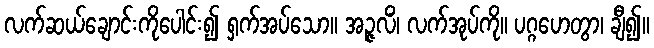
လက်ဆယ်ချောင်းကိုပေါင်း၍ ရှက်အပ်သော။ အဉ္ဇလိံ၊ လက်အုပ်ကို။ ပဂ္ဂဟေတွာ၊ ချီ၍။